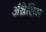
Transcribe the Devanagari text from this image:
अँथ्रेसिस